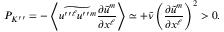
{ P } _ { K ^ { \prime \prime } } = - \left\langle { \widetilde { u ^ { \prime \prime } { } ^ { \ell } u ^ { \prime \prime } { } ^ { m } } \frac { \partial \widetilde { u } ^ { m } } { \partial x ^ { \ell } } } \right\rangle \simeq + \widetilde { \nu } \left( { \frac { \partial \widetilde { u } ^ { m } } { \partial x ^ { \ell } } } \right) ^ { 2 } > 0 .